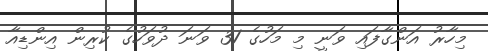
މިހާރު އަންގާފައި ވަނީ މި މަހުގެ 31 ވަނަ ދުވަހުގެ ކުރިން އިންޑިއާ